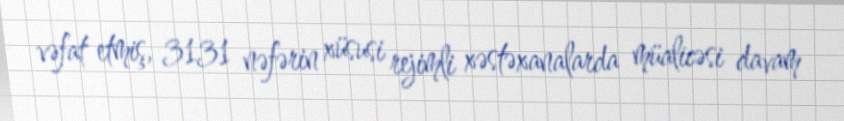
vəfat etmiş, 3131 nəfərin xüsusi rejimli xəstəxanalarda müalicəsi davam